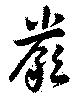
厳